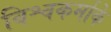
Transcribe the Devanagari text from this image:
विश्वकर्माके